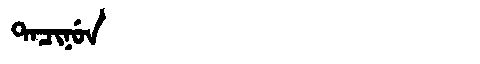
Manchu: ᡨᠠᠴᡳᠨᡠᠨ
Romanization: TACINUN